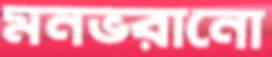
মনভরানো